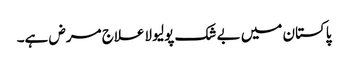
پاکستان میں بے شک پولیو لاعلاج مرض ہے۔